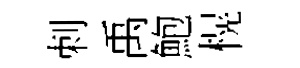
剌禹鮑榥